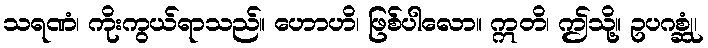
သရဏံ၊ ကိုးကွယ်ရာသည်။ ဟောဟိ၊ ဖြစ်ပါလော။ ဣတိ၊ ဤသို့။ ဥပဂစ္ဆုံ၊